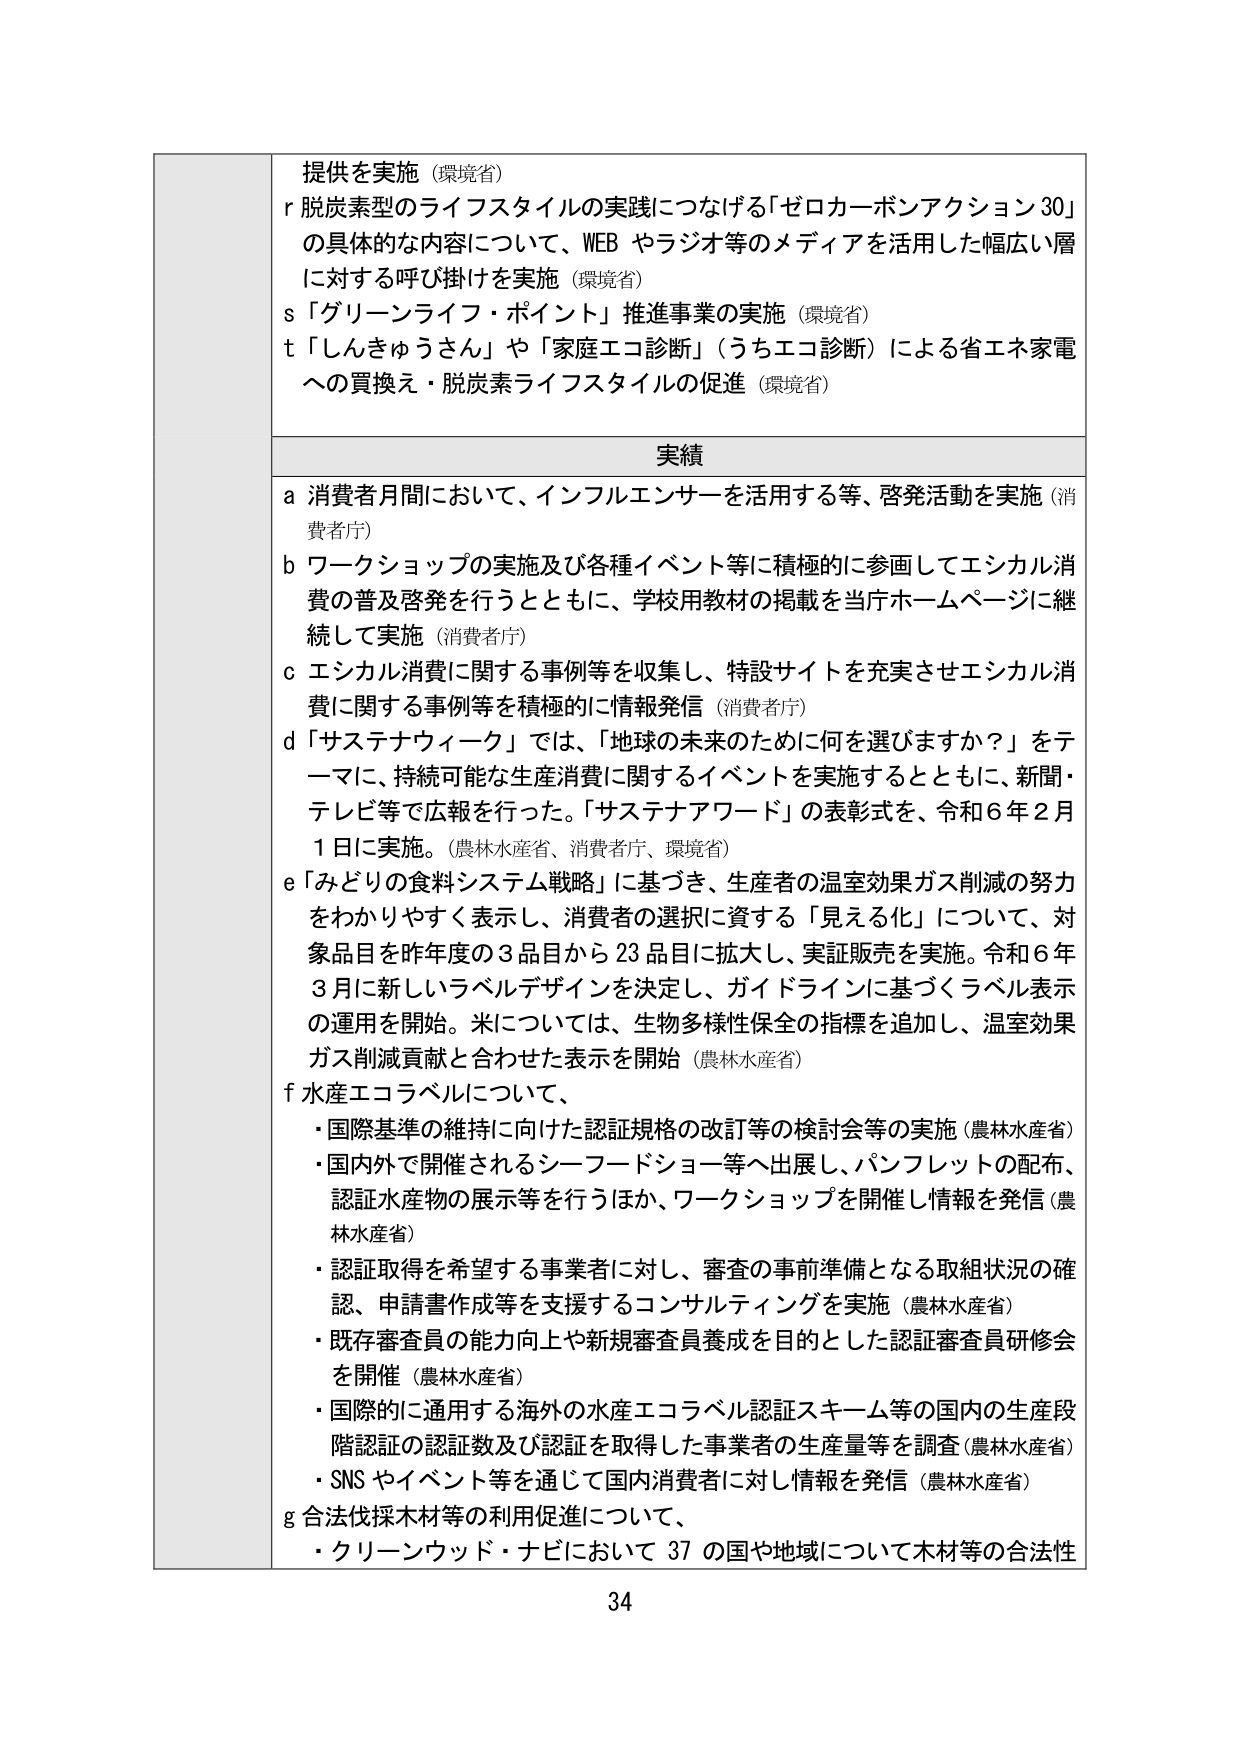
提供を実施（環境省）
r 脱炭素型のライフスタイルの実践につなげる「ゼロカーボンアクション30」
の具体的な内容について、WEB やラジオ等のメディアを活用した幅広い層
に対する呼び掛けを実施（環境省）
s 「グリーンライフ・ポイント」推進事業の実施（環境省）
t 「しんきゅうさん」や「家庭エコ診断」（うちエコ診断）による省エネ家電
への買換え・脱炭素ライフスタイルの促進（環境省）

実績
a 消費者月間において、インフルエンサーを活用する等、啓発活動を実施（消費者庁）
b ワークショップの実施及び各種イベント等に積極的に参画してエシカル消費の普及啓発を行うとともに、学校用教材の掲載を当庁ホームページに継続して実施（消費者庁）
c エシカル消費に関する事例等を収集し、特設サイトを充実させエシカル消費に関する事例等を積極的に情報発信（消費者庁）
d 「サステナウィーク」では、「地球の未来のために何を選びますか？」をテーマに、持続可能な生産消費に関するイベントを実施するとともに、新聞・テレビ等で広報を行った。「サステナアワード」の表彰式を、令和6年2月1日に実施。（農林水産省、消費者庁、環境省）
e 「みどりの食料システム戦略」に基づき、生産者の温室効果ガス削減の努力をわかりやすく表示し、消費者の選択に資する「見える化」について、対象品目を昨年度の3品目から23品目に拡大し、実証販売を実施。令和6年3月に新しいラベルデザインを決定し、ガイドラインに基づくラベル表示の運用を開始。米については、生物多様性保全の指標を追加し、温室効果ガス削減貢献と合わせた表示を開始（農林水産省）
f 水産エコラベルについて、
・国際基準の維持に向けた認証規格の改訂等の検討会等の実施（農林水産省）
・国内外で開催されるシーフードショー等へ出展し、パンフレットの配布、認証水産物の展示等を行うほか、ワークショップを開催し情報を発信（農林水産省）
・認証取得を希望する事業者に対し、審査の事前準備となる取組状況の確認、申請書作成等を支援するコンサルティングを実施（農林水産省）
・既存審査員の能力向上や新規審査員養成を目的とした認証審査員研修会を開催（農林水産省）
・国際的に通用する海外の水産エコラベル認証スキーム等の国内の生産段階認証の認証数及び認証を取得した事業者の生産量等を調査（農林水産省）
・SNS やイベント等を通じて国内消費者に対し情報を発信（農林水産省）
g 合法伐採木材等の利用促進について、
・クリーンウッド・ナビにおいて37の国や地域について木材等の合法性

34